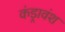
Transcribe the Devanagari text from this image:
कंड्रावंश